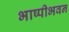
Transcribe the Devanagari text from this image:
भाष्पीभवन